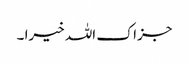
جزاک اللہ خیرا ۔